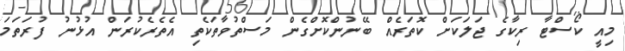
މިއީ ކޯސްޓާ ރިކާގެ ޖަލަކަށް ކޮތަރެއް ބޭނުންކޮށްގެން މަސްތުވާތަކެތި އެތެރެކުރަން އުޅުނު ފުރަތަމަ